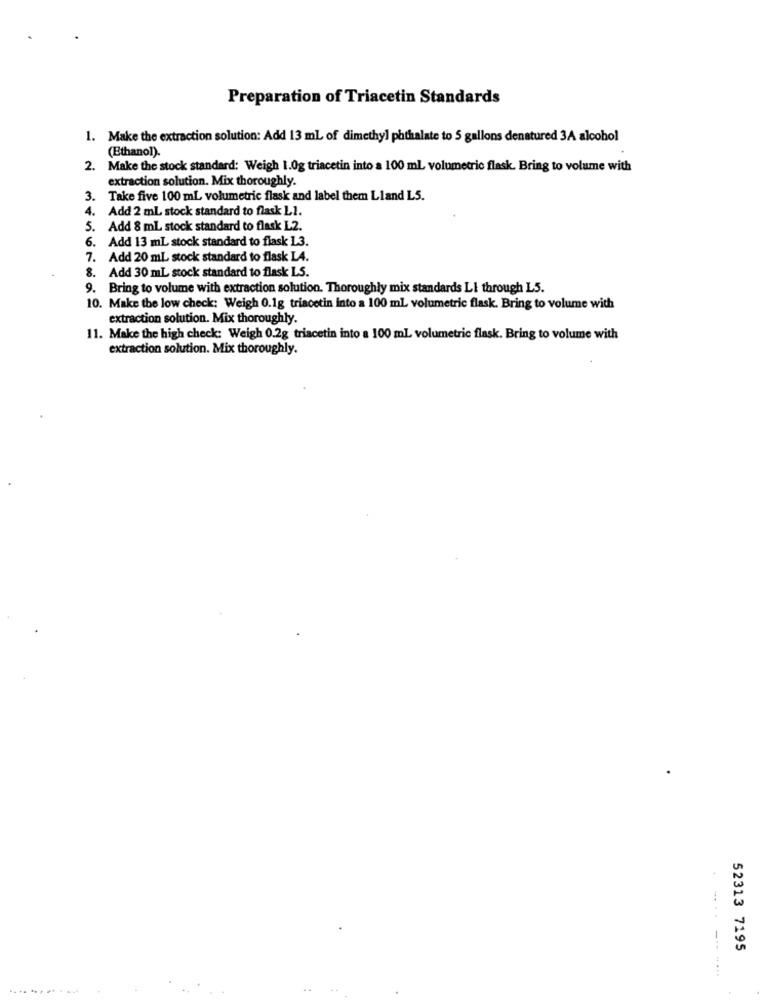
Preparation of Triacetin Standards
1. Make the extraction solution: Add 13 mL of dimethyl phthalate to 5 gallons denatured 3A alcohol
(Ethanol).
2. Make the stock standard: Weigh 1.0g triacetin into a 100 ml volumetric flask. Bring to volume with
extraction solution. Mix thoroughly.
3. Take five 100 mL volumetric flask and label them Lland L5.
4. Add 2 mL stock standard to flask L1.
5. Add 8 mL stock standard to flask L2.
6. Add 13 mL stock standard to flask L3.
7. Add 20 mL stock standard to flask LA.
8. Add 30 mL stock standard to flask LS.
9. Bring to volume with extraction solution. Thoroughly mix standards LI through L5.
10. Make the low check: Weigh 0.1g triacetin into a 100 ml volumetric flask. Bring to volume with
extraction solution. Mix thoroughly.
11. Make the high check: Weigh 0.2g triacetin into a 100 ml volumetric flask. Bring to volume with
extraction solution. Mix thoroughly.
52313 7195